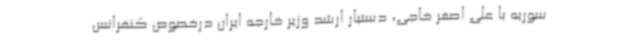
سوریه با علی اصغر خاجی، دستیار ارشد وزیر خارجه ایران درخصوص کنفرانس